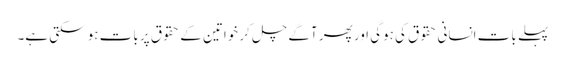
پہلے بات انسانی حقوق کی ہوگی اور پھر آگے چل کر خواتین کے حقوق پر بات ہو سکتی ہے۔